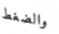
والضغط